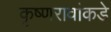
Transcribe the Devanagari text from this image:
कृष्णरावांकडे